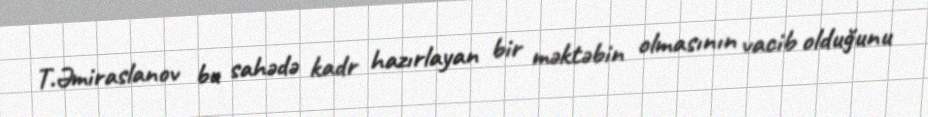
T.Əmiraslanov bu sahədə kadr hazırlayan bir məktəbin olmasının vacib olduğunu